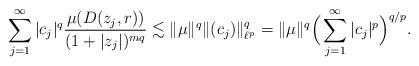
LaTeX: \begin{align*} \sum_{j=1}^\infty |c_j|^q\frac{\mu(D(z_j,r))}{(1+|z_j|)^{mq}} \lesssim\|\mu\|^q\|(c_j)\|_{\ell^p}^q= \|\mu\|^q \Big(\sum_{j=1}^\infty |c_j|^p\Big)^{q/p}.\end{align*}